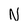
Character: N